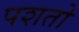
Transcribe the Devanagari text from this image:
पशतो